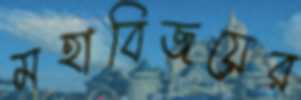
মহাবিজয়ের